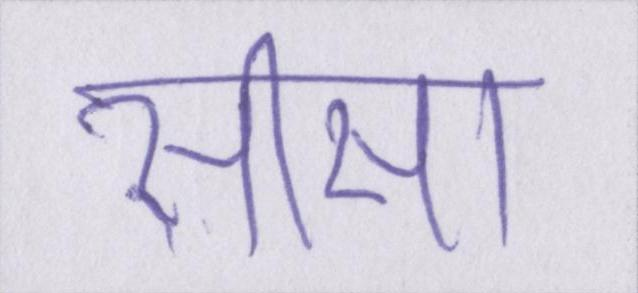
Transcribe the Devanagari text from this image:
सीसा